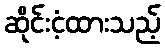
ဆိုင်းငံ့ထားသည့်